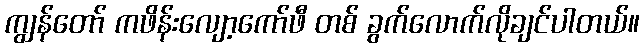
ကျွန်တော် ကဖိန်းလျော့ကော်ဖီ တစ် ခွက်လောက်လိုချင်ပါတယ်။